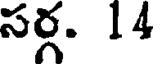
సర్గ. 14